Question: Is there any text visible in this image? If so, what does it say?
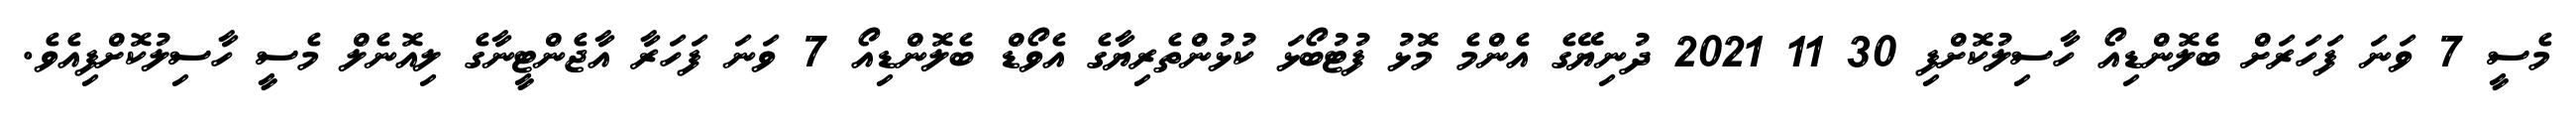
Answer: މެސީ 7 ވަނަ ފަހަރަށް ބެލޮންޑިއޯ ހާސިލުކޮށްފި 30 11 2021 ދުނިޔޭގެ އެންމެ މޮޅު ފުޓުބޯޅަ ކުޅުންތެރިޔާގެ އެވޯޑް ބެލޮންޑިއޯ 7 ވަނަ ފަހަރާ އާޖެންޓީނާގެ ލިއޮނެލް މެސީ ހާސިލުކޮށްފިއެވެ.